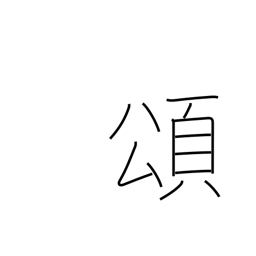
Meaning: eulogy